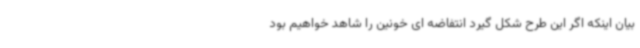
بیان اینکه اگر این طرح شکل گیرد انتفاضه ای خونین را شاهد خواهیم بود